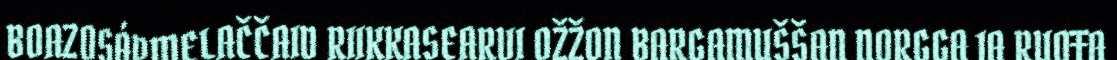
BOAZOSÁPMELAČČAID RIIKKASEARVI OŽŽON BARGAMUŠŠAN NORGGA JA RUOŦA